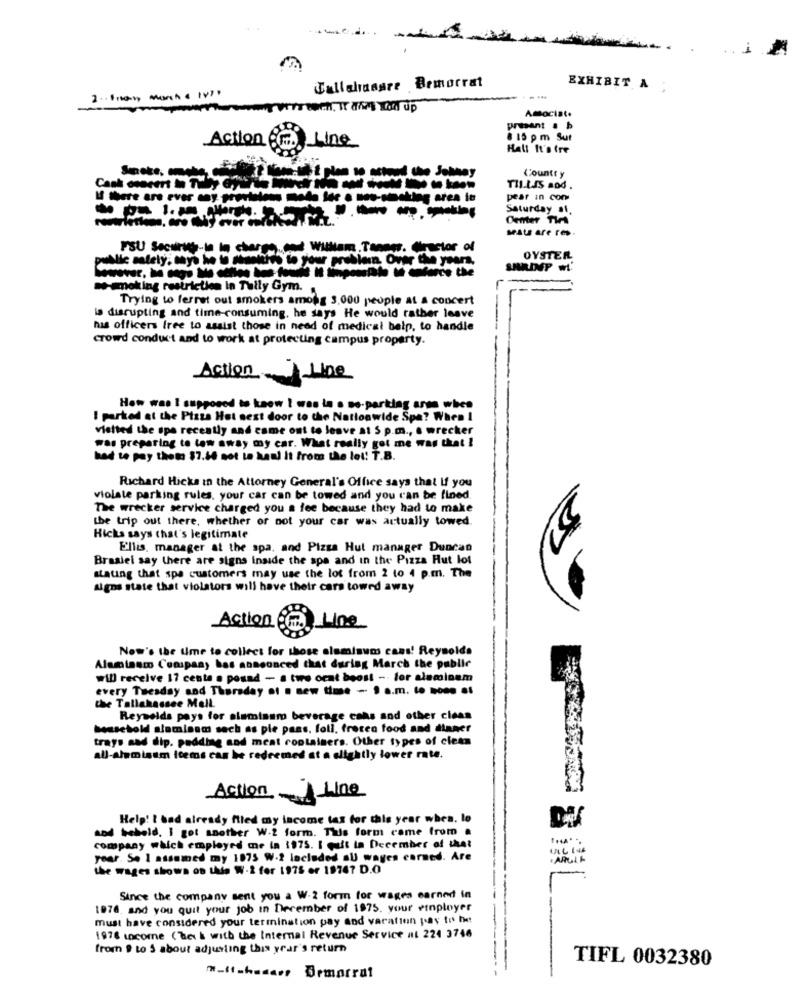
. 1
Callahangre Bemocrat
EXHIBIT A
2 .- Freony March & 1971
Amociat.
presant . b
Action
Line
8 15 pm Sut
Hall It's tre
Countt y
Cash concert in Tuby Gy
---
TIL.LIS ADO .
IS there are ever my provielens med.
area to
pear in com
Saturday st.
Denter TIAA
MALE are res
-la in charge.end William, Tannsr. director of
inup to your problem Over the years,
OYSTER
smoking restriction in Tally Gym.
Trying to ferret out smokers among 3,000 people at a concert
is disrupting and time-consuming, he says He would rather leave
has officers free to assist those in need of medical beip, to handle
crowd conduct and to work at protecting campus property.
Action- 100
How was I supposed to know I was le s no-parking arms when
I parked at the Plaza Het next door to the Nationwide Spa? When I
visited the spe recently and came ont to leave at 5 p.m ., s wrecker
was preparing to low away my car. What really got me was that !
had to pay thets $7.44 not to kaul It from the lot! T.B
Richard Hicks in the Attorney General's Office says that If you
violate parking rules, your car can be towed and you can be fined.
The wrecker service charged you a fee because they had to make
the trip out there, whether or not your car was actually towed.
Hicks says that's legitimate
Ellis, manager at the spa, and Pizza Hut manager Duncan
Brasiel say there are signs inside the spa and in the Pizza Hut lot
staung that spa customers may use the lot from 2 to 4 p.m. The
signs state that violators will have their cars towed away
Action &# Line
Now's the time to collect for those aluminum cans! Reynolds
Aluminum Company has announced that during March the public
will receive 17 cente a posad - a two ocat beost -- for aleminam
every Tuesday and Thursday at a new time - 9 a.m. to Does at
the Tallahassee Mell.
Reynolds pays for aluminum beverage cans and other claas
bousetold alamisam sach as pie pass. foll, frecen food and dinner
trays aad dip. padding and meat containers. Other types of clean
all-aluminum items can be redeemed at a slightly lower rate.
Action - Line
Help! ! and already filed my income tax for this year when, to
and behold. I got another W-2 form. This form came from a
company which employed me in 1975. I quit in December of that
year. So I assumed my 1075 W.2 lacleded al wayes carned. Are
the wages shows on this W-2 for 1975 er 19747 D.O
Since the company sent you a W-2 form for wages earned in
1976, and you quit your job in December of 1975. your employer
must have considered your termination pay and varation pay to he
1976 score (Bei & with the Internal Revenue Service nl 224 3746
from 9 to 5 about adjusting this year's return
TIFL 0032380
"_ft.hasar, Bemorral